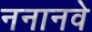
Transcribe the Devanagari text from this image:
ननानवे